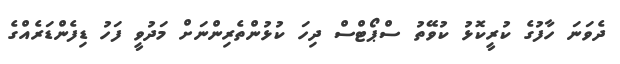
ދެވަނަ ހާފުގެ ކުރީކޮޅު ކުވޭތު ސްޕޯޓްސް ދިހަ ކުޅުންތެރިންނަށް މަދުވީ ފަހު ޑިފެންޑަރެއްގެ